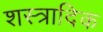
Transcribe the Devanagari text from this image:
शस्त्रादिक